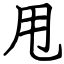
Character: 甩